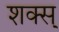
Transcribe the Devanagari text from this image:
शक्स्